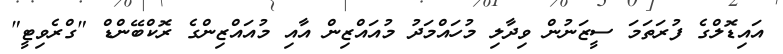
އައިޑޮލްގެ ފުރަތަމަ ސީޒަނުން ވިދާލި މުހައްމަދު މުއައްޒިން އާއި މުއައްޒިންގެ ރޮކްބޭންޑް "ގްރެވިޓީ"